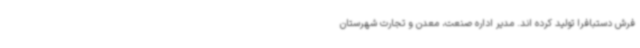
فرش دستبافرا تولید کرده اند. مدیر اداره صنعت، معدن و تجارت شهرستان